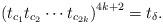
LaTeX: \begin{align*}\left( t_{c_1}t_{c_2}\cdots t_{c_{2k}} \right)^{4k+2}=t_{\delta}. \end{align*}